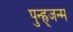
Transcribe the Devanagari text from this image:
पुन्ह्र्जन्म